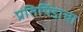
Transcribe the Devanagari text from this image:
प्रतिपिंडाचा